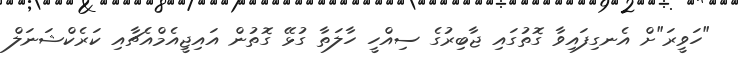
"ހަވީރަ"ށް އެނގިފައިވާ ގޮތުގައި ޖާބިރުގެ ސިއްހީ ހާލަތާ ގުޅޭ ގޮތުން އައިޖީއެމްއެޗާއި ކަރެކްޝަނަލް